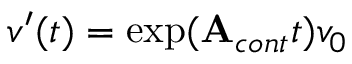
v ^ { \prime } ( t ) = \exp ( { \mathbf { A } _ { c o n t } t } ) v _ { 0 }